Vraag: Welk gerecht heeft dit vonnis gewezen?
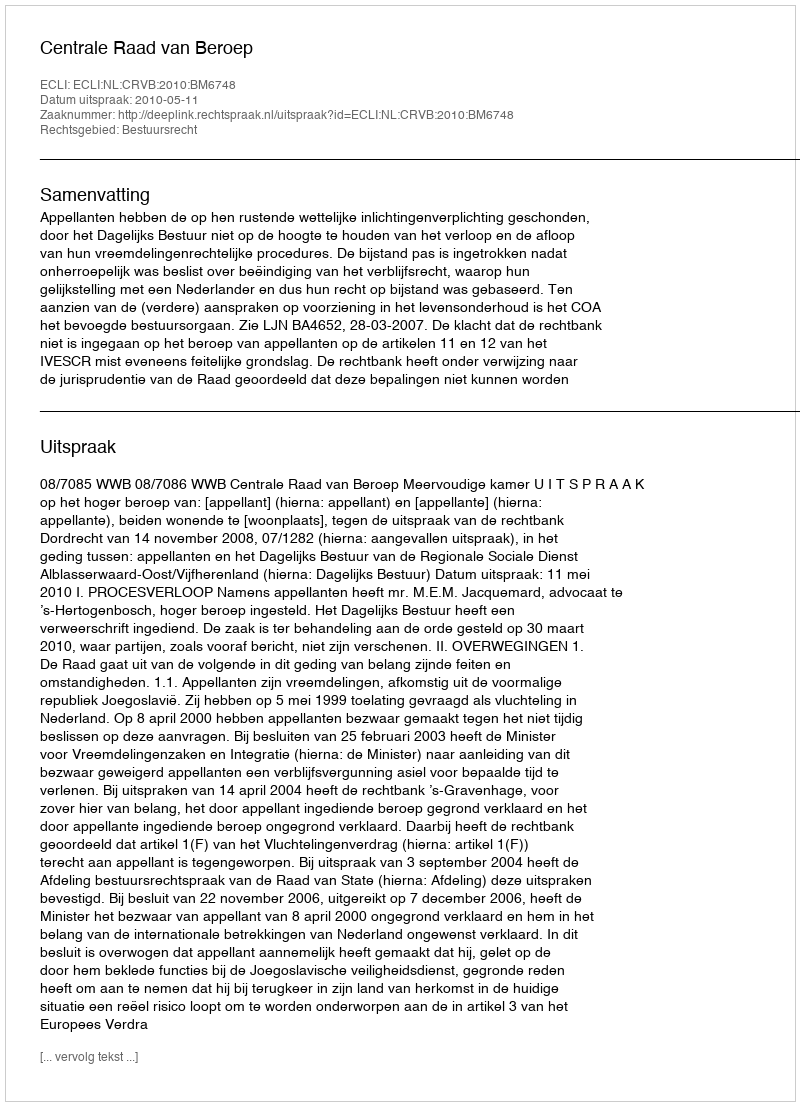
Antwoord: Centrale Raad van Beroep